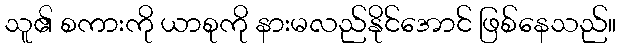
သူ၏ စကားကို ယာစုကို နားမလည်နိုင်အောင် ဖြစ်နေသည်။